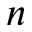
n